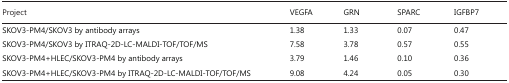
<table><thead><tr><td><b>Project</b></td><td><b>VEGFA</b></td><td><b>GRN</b></td><td><b>SPARC</b></td><td><b>IGFBP7</b></td></tr></thead><tbody><tr><td>SKOV3-PM4/SKOV3 by antibody arrays</td><td>1.38</td><td>1.33</td><td>0.07</td><td>0.47</td></tr><tr><td>SKOV3-PM4/SKOV3 by ITRAQ-2D-LC-MALDI-TOF/TOF/MS</td><td>7.58</td><td>3.78</td><td>0.57</td><td>0.55</td></tr><tr><td>SKOV3-PM4+HLEC/SKOV3-PM4 by antibody arrays</td><td>3.79</td><td>1.46</td><td>0.10</td><td>0.36</td></tr><tr><td>SKOV3-PM4+HLEC/SKOV3-PM4 by ITRAQ-2D-LC-MALDI-TOF/TOF/MS</td><td>9.08</td><td>4.24</td><td>0.05</td><td>0.30</td></tr></tbody></table>